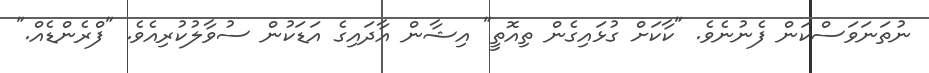
ނުތަނަވަސްކަން ފެނުނެވެ. "ކާކަށް ގުޅައިގެން ތިއޮތީ" އިޝާން އާދައިގެ އަޑަކުން ސުވާލުކުރިއެވެ. "ފްރެންޑެއް."